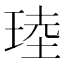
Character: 𪻧